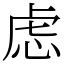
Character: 虑